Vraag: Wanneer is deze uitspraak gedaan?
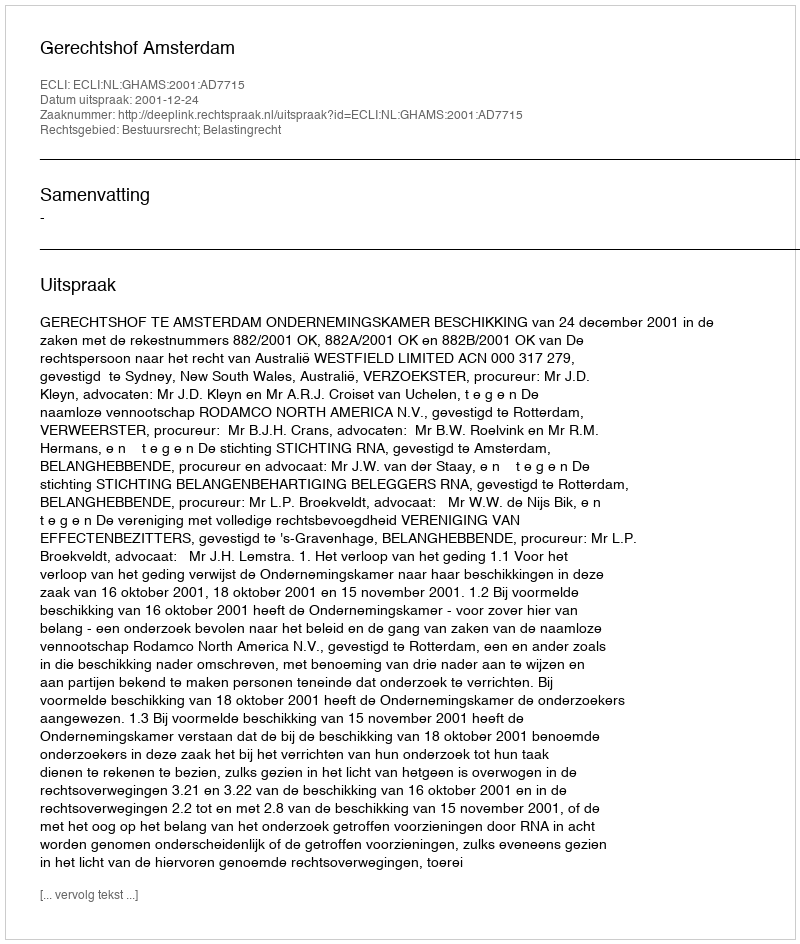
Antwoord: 2001-12-24